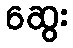
ဆွေး